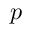
p